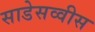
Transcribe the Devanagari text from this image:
साडेसव्वीस